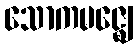
သောကမဇ္ဈေ